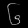
Digit: ၆